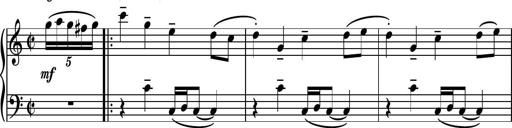
Title: Piano Sonatina No.3
Composer: Dimitri Sykias
Key: C major